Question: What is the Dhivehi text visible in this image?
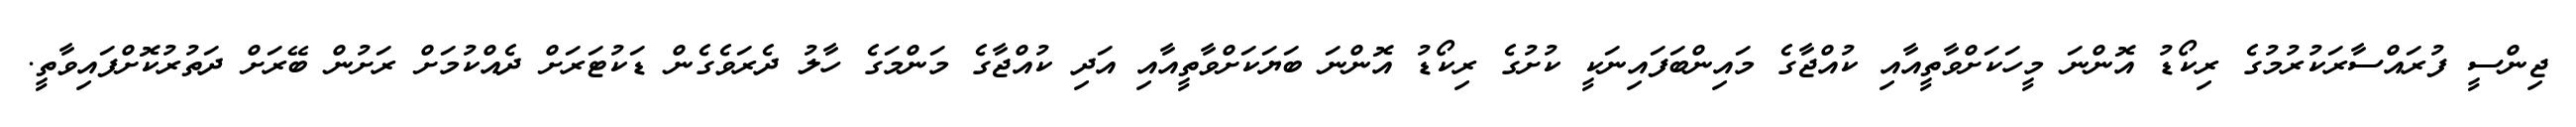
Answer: ޖިންސީ ފުރައްސާރަކުރުމުގެ ރިކޯޑު އޮންނަ މީހަކަށްވާތީއާއި ކުއްޖާގެ މައިންބަފައިނަކީ ކުށުގެ ރިކޯޑު އޮންނަ ބަޔަކަށްވާތީއާއި އަދި ކުއްޖާގެ މަންމަގެ ހާލު ދެރަވެގެން ޑަކުޓަރަށް ދެއްކުމަށް ރަށުން ބޭރަށް ދަތުރުކޮށްފައިވާތީ.